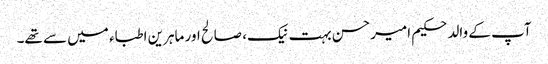
آپ کے والد حکیم امیرحسن بہت نیک، صالح اور ماہرین اطباء میں سے تھے۔